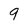
Character: 9